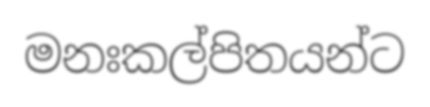
මනඃකල්පිතයන්ට